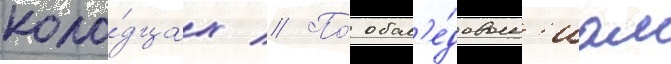
коло́дцах // По́ обсл'е́дован'иам